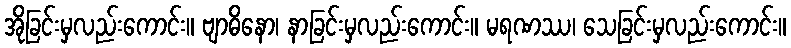
အိုခြင်းမှလည်းကောင်း။ ဗျာဓိနော၊ နာခြင်းမှလည်းကောင်း။ မရဏဿ၊ သေခြင်းမှလည်းကောင်း။